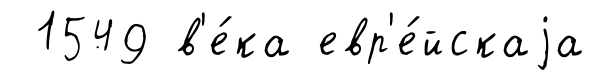
1549 в'е́ка евр'е́йскаjа